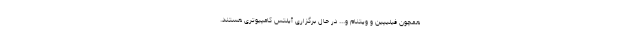
همچون فیلیپین و ویتنام و... در حال برگزاری آیلتس کامپیوتری هستند.